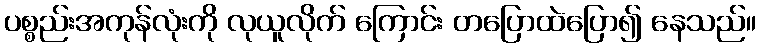
ပစ္စည်းအကုန်လုံးကို လုယူလိုက် ကြောင်း တပြောထဲပြော၍ နေသည်။